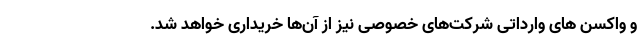
و واکسن های وارداتی شرکت‌های خصوصی نیز از آن‌ها خریداری خواهد شد.